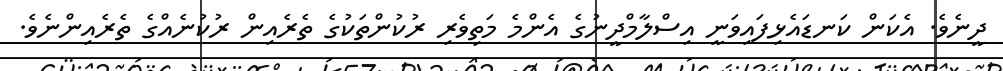
ދީނެވެ. އެކަން ކަނޑައެޅިފައިވަނީ އިސްލާމްދީނުގެ އެންމެ މަތިވެރި ރުކުންތަކުގެ ތެރެއިން ރުކުނެއްގެ ތެރެއިންނެވެ.